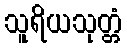
သူရိယသုတ္တံ